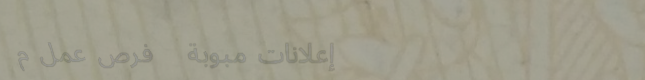
إعلانات مبوبة   فرص عمل م